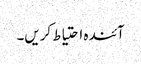
آئندہ احتیاط کریں۔